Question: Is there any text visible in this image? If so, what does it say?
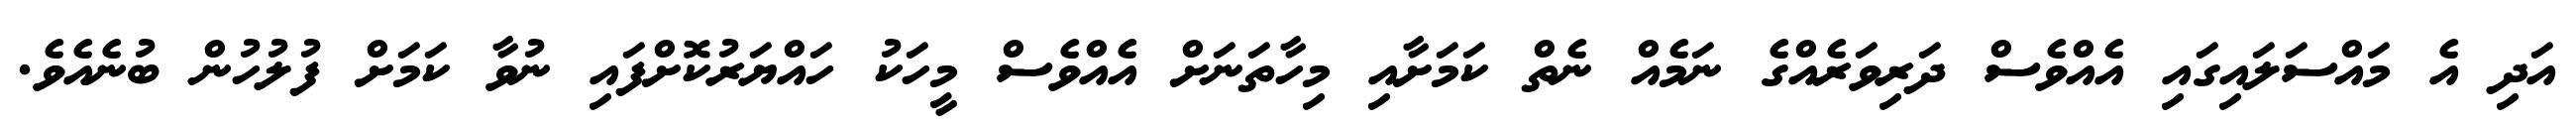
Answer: އަދި އެ މައްސަލައިގައި އެއްވެސް ދަރިވަރެއްގެ ނަމެއް ނެތް ކަމަށާއި މިހާތަނަށް އެއްވެސް މީހަކު ހައްޔަރުކޮށްފައި ނުވާ ކަމަށް ފުލުހުން ބުނެއެވެ.